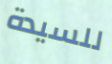
للسيدة